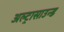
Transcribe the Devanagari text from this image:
अल्‍ट्रासाउन्‍ड